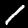
Label: 1